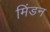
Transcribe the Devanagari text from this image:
मिंडन